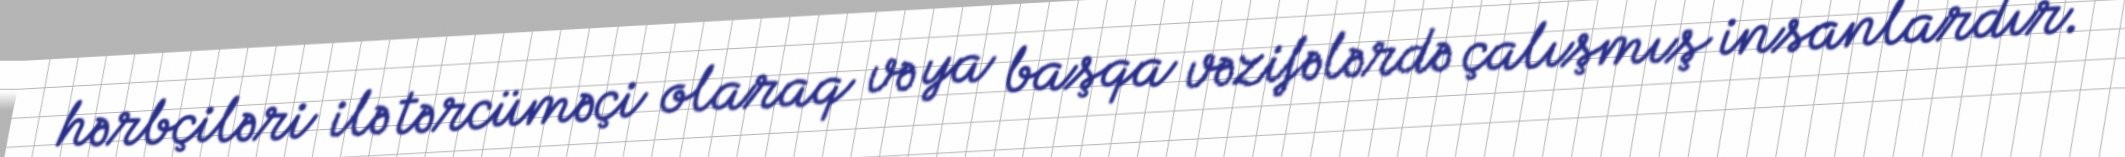
hərbçiləri ilə tərcüməçi olaraq və ya başqa vəzifələrdə çalışmış insanlardır.